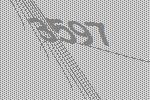
3597